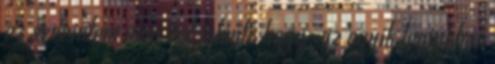
ez szerintem nem azt jelenti, hogy "az egyik legjobban